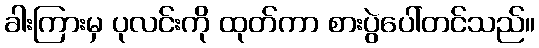
ခါးကြားမှ ပုလင်းကို ထုတ်ကာ စားပွဲပေါ်တင်သည်။